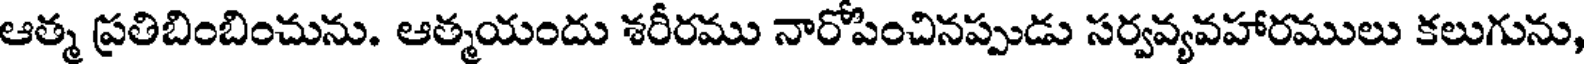
ఆత్మ ప్రతిబింబించును. ఆత్మయందు శరీరము నారోపించినప్పుడు సర్వవ్యవహారములు కలుగును,